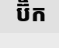
ប៊ិក